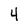
Character: 4